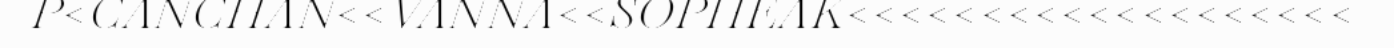
P<CANCHAN<<VANNA<<SOPHEAK<<<<<<<<<<<<<<<<<<<